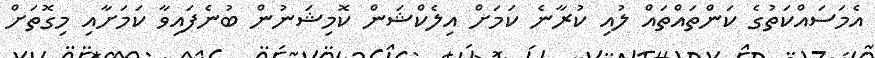
އެމަސައްކަތުގެ ކަންތައްތައް ލުއި ކުރާނެ ކަމަށް އިލެކްޝަން ކޮމިޝަނުން ބުނެފައިވާ ކަމަށާއި މިގޮތަށް